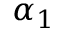
\alpha _ { 1 }